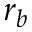
r _ { b }